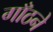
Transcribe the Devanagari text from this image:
गाँठने